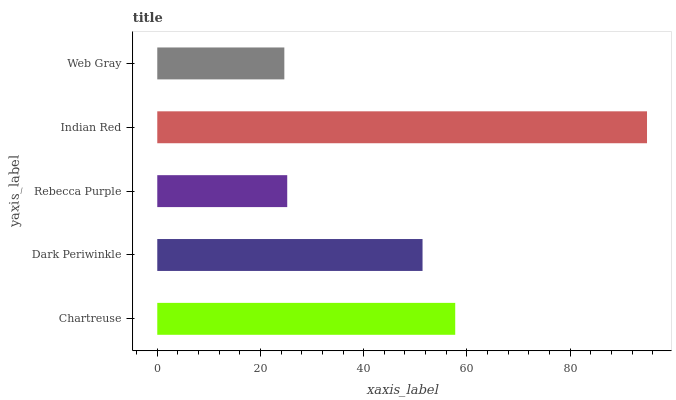
| yaxis_label | bars |
 | --- | --- |
 | Chartreuse | 57.7 |
 | Dark Periwinkle | 51.4 |
 | Rebecca Purple | 25.2 |
 | Indian Red | 94.9 |
 | Web Gray | 24.6 |